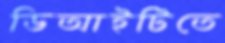
ডিআইটিতে